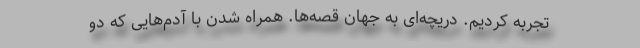
تجربه کردیم. دریچه‌ای به جهان قصه‌ها. همراه شدن با آدم‌هایی که دو